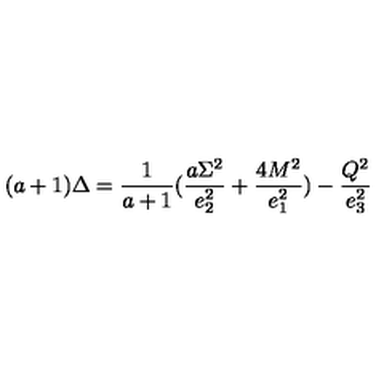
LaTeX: ( a + 1 ) \Delta = { \frac { 1 } { a + 1 } } ( { \frac { a \Sigma ^ { 2 } } { e _ { 2 } ^ { 2 } } } + { \frac { 4 M ^ { 2 } } { e _ { 1 } ^ { 2 } } } ) - { \frac { Q ^ { 2 } } { e _ { 3 } ^ { 2 } } }